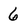
Character: 6